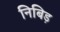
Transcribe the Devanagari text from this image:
निबिड़